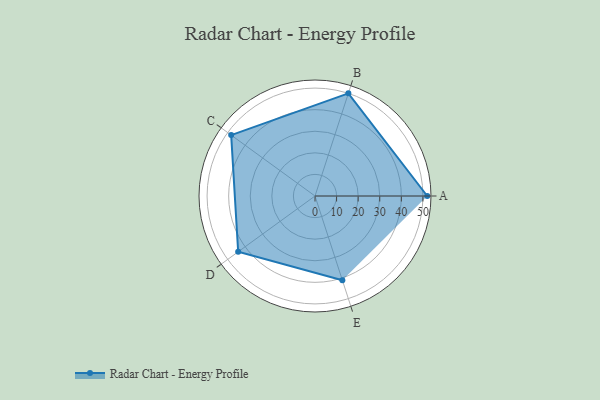
{"axis": {"x": "Skill", "y": "Score"}, "legend": ["Profile"], "data": [{"x": "A", "y": 52.0, "type": "Profile"}, {"x": "B", "y": 50.0, "type": "Profile"}, {"x": "C", "y": 48.0, "type": "Profile"}, {"x": "D", "y": 44.0, "type": "Profile"}, {"x": "E", "y": 41.0, "type": "Profile"}]}